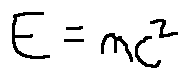
E = m c ^ { 2 }